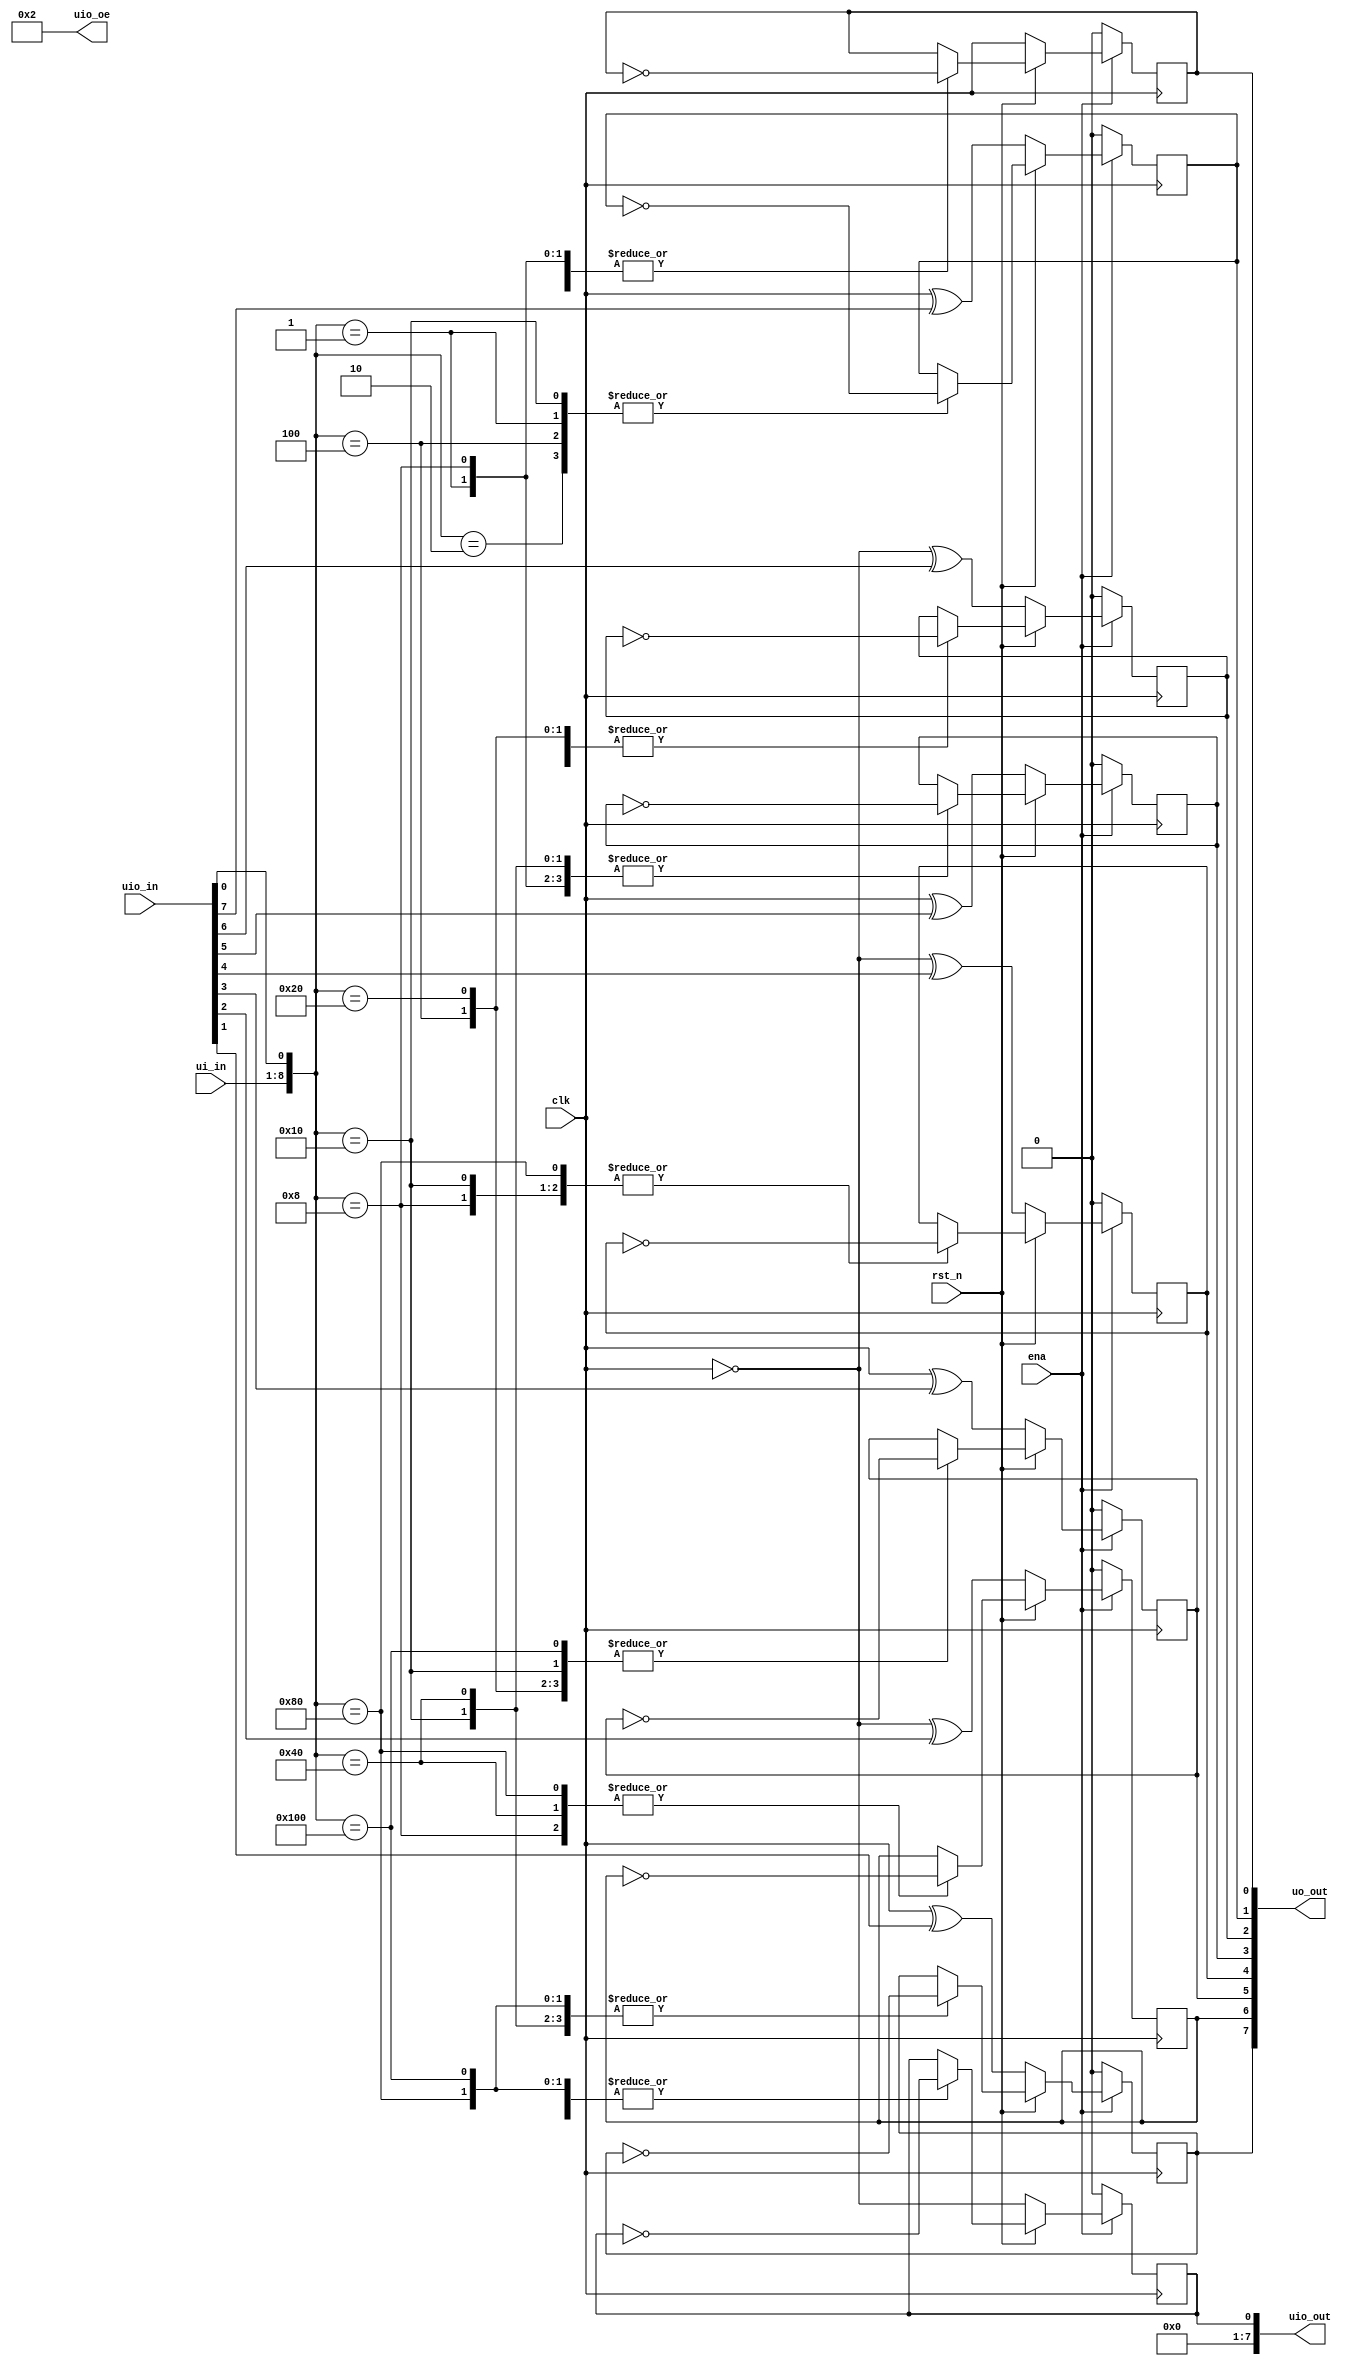
/*
 * Copyright (c) 2024 Yannick Rei
 * SPDX-License-Identifier: Apache-2.0
 */

`define default_netname none

module tt_um_yannickreiss_lights_out (
    input  wire [7:0] ui_in,    // Dedicated inputs
    output wire [7:0] uo_out,   // Dedicated outputs
    input  wire [7:0] uio_in,   // IOs: Input path
    output wire [7:0] uio_out,  // IOs: Output path
    output wire [7:0] uio_oe,   // IOs: Enable path (active high: 0=input, 1=output)
    input  wire       ena,      // will go high when the design is enabled
    input  wire       clk,      // clock
    input  wire       rst_n     // reset_n - low to reset
);

  // All output pins must be assigned. If not used, assign to 0.
  assign uio_oe = 8'b00000010;

  // Matrix (input)
  wire [8:0] buttons = {ui_in[7:0], uio_in[0]};

  // Matrix (current field)
  reg field1;
  reg field2;
  reg field3;
  reg field4;
  reg field5;
  reg field6;
  reg field7;
  reg field8;
  reg field9;

  // Matrix (output)
  assign uo_out[0] = field1;
  assign uo_out[1] = field2;
  assign uo_out[2] = field3;
  assign uo_out[3] = field4;
  assign uo_out[4] = field5;
  assign uo_out[5] = field6;
  assign uo_out[6] = field7;
  assign uo_out[7] = field8;
  assign uio_out[0] = field9;

  // uio_out map to zero
  assign uio_out[7:1] = 7'b0;

  always @(posedge clk) begin
    if (ena == 1'b1) begin
      if (rst_n == 1'b1) begin

        // Do act normal
        case (buttons)
          9'b000000001: begin
            field1 <= !field1;
            field2 <= !field2;
            field4 <= !field4;
          end
          9'b000000010: begin
            field1 <= !field1;
            field2 <= !field2;
            field3 <= !field3;
            field5 <= !field5;
          end
          9'b000000100: begin
            field2 <= !field2;
            field3 <= !field3;
            field6 <= !field6;
          end
          9'b000001000: begin
            field1 <= !field1;
            field4 <= !field4;
            field5 <= !field5;
            field7 <= !field7;
          end
          9'b000010000: begin
            field2 <= !field2;
            field4 <= !field4;
            field5 <= !field5;
            field6 <= !field6;
            field8 <= !field8;
          end
          9'b000100000: begin
            field3 <= !field3;
            field5 <= !field5;
            field6 <= !field6;
            field9 <= !field9;
          end
          9'b001000000: begin
            field4 <= !field4;
            field7 <= !field7;
            field8 <= !field8;
          end
          9'b010000000: begin
            field5 <= !field5;
            field7 <= !field7;
            field8 <= !field8;
            field9 <= !field9;
          end
          9'b100000000: begin
            field6 <= !field6;
            field8 <= !field8;
            field9 <= !field9;
          end
          default: begin

          end
        endcase
      end else begin

        // set new matrix in a pseudo random way
        field1 <= clk;
        field2 <= clk ^ uio_in[7];
        field3 <= !clk ^ uio_in[6];
        field4 <= clk ^ uio_in[5];
        field5 <= !clk ^ uio_in[4];
        field6 <= clk ^ uio_in[3];
        field7 <= !clk ^ uio_in[2];
        field8 <= clk ^ uio_in[1];
        field9 <= !clk;
      end
    end else begin
      field1 <= 1'b0;
      field2 <= 1'b0;
      field3 <= 1'b0;
      field4 <= 1'b0;
      field5 <= 1'b0;
      field6 <= 1'b0;
      field7 <= 1'b0;
      field8 <= 1'b0;
      field9 <= 1'b0;
    end
  end
endmodule